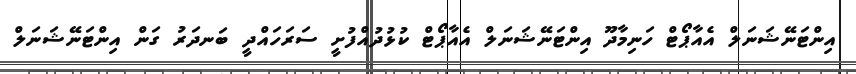
އިންޓަނޭޝަނަލް އެއާޕޯޓް ހަނިމާދޫ އިންޓަނޭޝަނަލް އެއާޕޯޓް ކުޅުދުއްފުށީ ސަރަހައްދީ ބަނދަރު ގަން އިންޓަނޭޝަނަލް